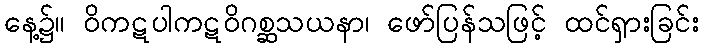
နေ့၌။ ဝိကဋပါကဋဝိဂစ္ဆသယနာ၊ ဖော်ပြန်သဖြင့် ထင်ရှားခြင်း